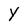
Character: Y